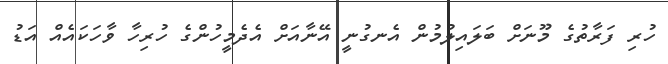
ހުރި ފަރާތުގެ މޫނަށް ބަލައިލުމުން އެނގުނީ އޭނާއަށް އެދެމީހުންގެ ހުރިހާ ވާހަކައެއް އަޑު